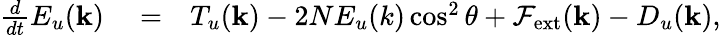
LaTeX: \begin{array}{rlr}{\frac{d}{dt}E_{u}(\mathbf{k})}&{{}=}&{T_{u}({\mathbf k})-2NE_{u}(k)\cos^{2}\theta+\mathcal{F}_{\mathrm{ext}}({\mathbf k})-D_{u}(\mathbf{k}),}\end{array}